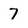
Character: 7